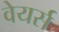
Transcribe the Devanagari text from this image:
वेयर्स